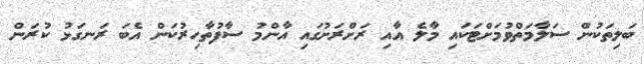
ބަލިތަކުން ސަލާމަތްވުމަށްޓަކައި މާލެ އާއި ރަށްރަށުގައި އާންމު ސާފުތާހިރުކަން އެބަ ރަނގަޅު ކުރަން